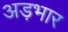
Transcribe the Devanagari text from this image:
अड़भार